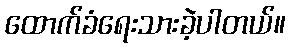
ထောက်ခံရေးသားခဲ့ပါတယ်။